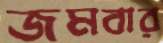
জমবার